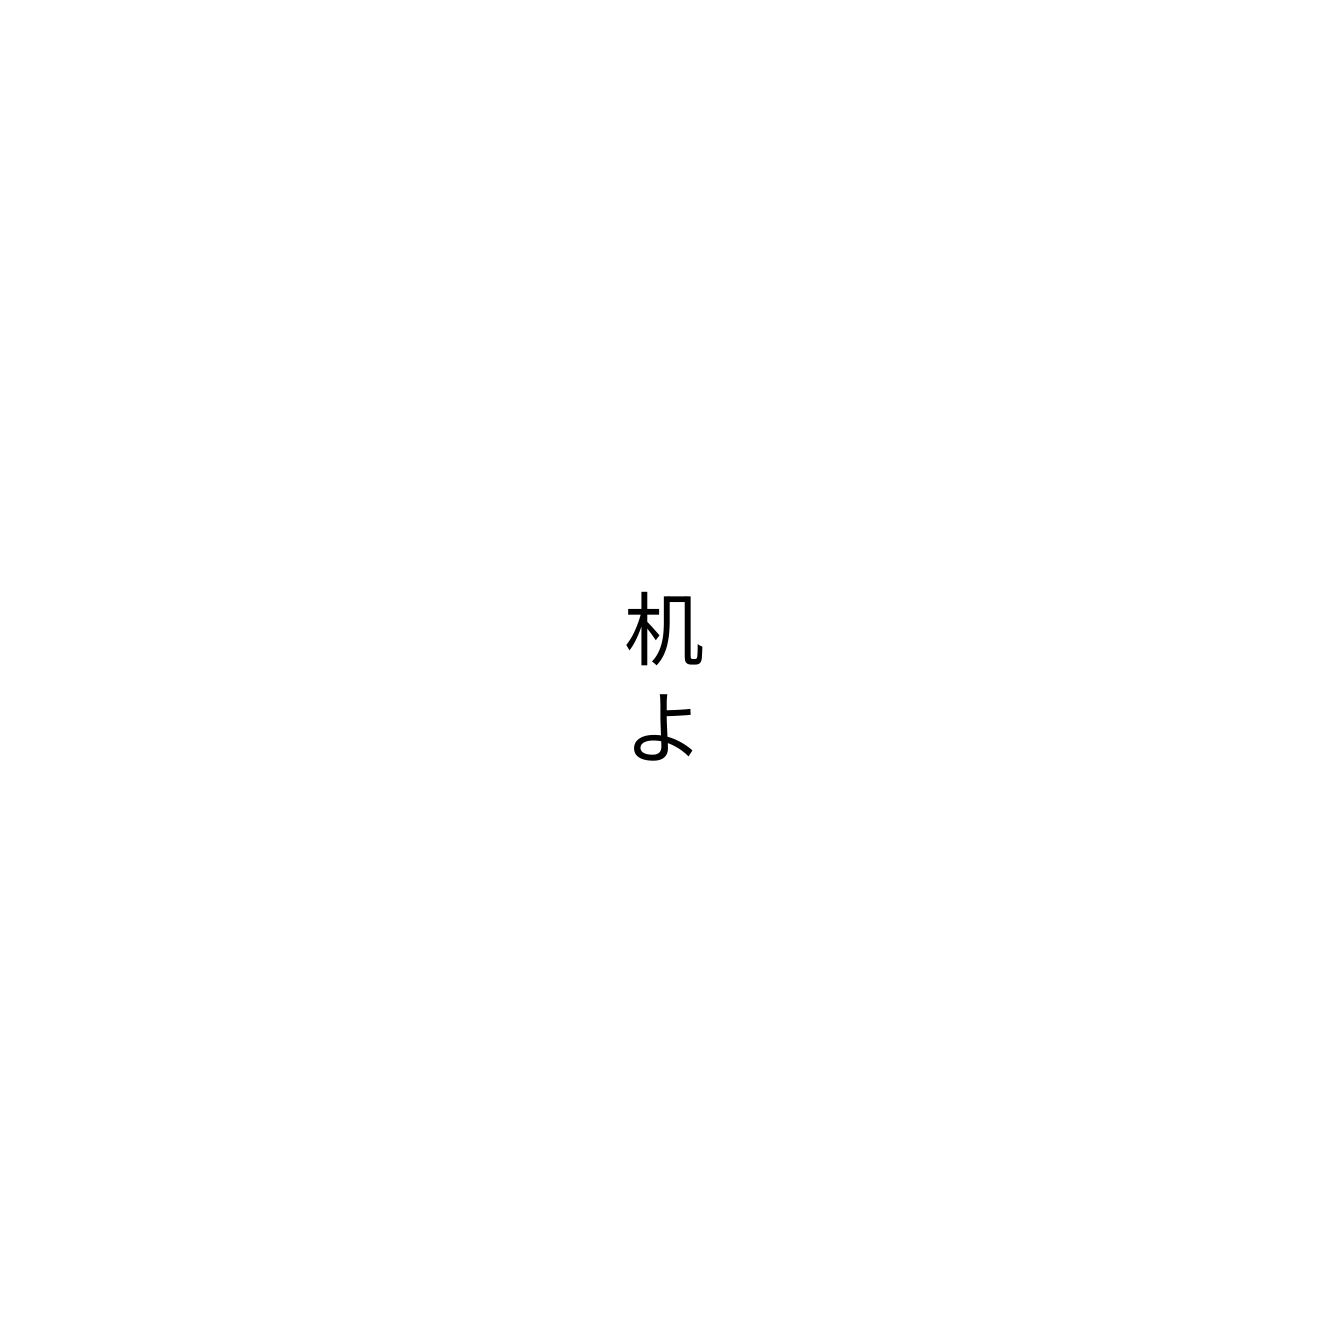
机よ